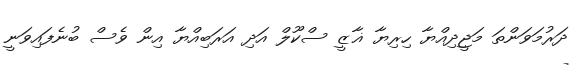
ދަރުމަވަންތަ މަޖީދިއްޔާ ހިރިޔާ ޣާޒީ ސްކޫލް އަދި އަރަބިއްޔާ އިން ވެސް ބުނެފައިވަނީ